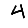
Digit: 4